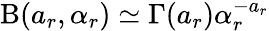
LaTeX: \mathrm{B}(a_{r},\alpha_{r})\simeq\Gamma(a_{r})\alpha_{r}^{-a_{r}}